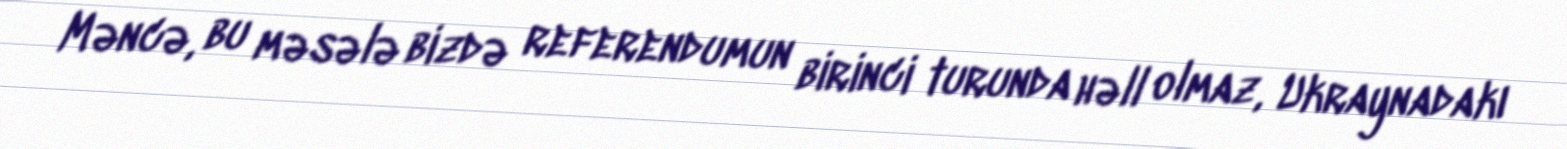
Məncə, bu məsələ bizdə referendumun birinci turunda həll olmaz, Ukraynadakı